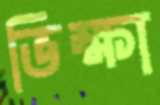
ভিক্ষা